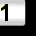
Digit: 1